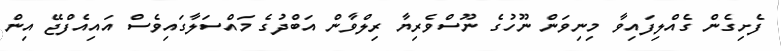
ފެށިގެން ގެއްލިފައިވާ މިނިވަން ނޫހުގެ ނޫސްވެރިޔާ ރިލްވާން އަބްދުގެ މައްސަލާގައިވެސް އައިއެފްޖޭ އިން